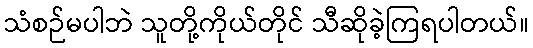
သံစဉ်မပါဘဲ သူတို့ကိုယ်တိုင် သီဆိုခဲ့ကြရပါတယ်။